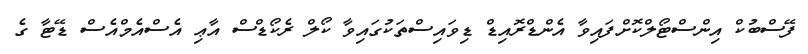
ފޭސްބުކް އިންސްޓޯލްކޮށްފައިވާ އެންޑްރޮއިޑް ޑިވައިސްތަކުގައިވާ ކޯލް ރެކޯޑްސް އާޢި އެސްއެމްއެސް ޑޭޓާ ގެ